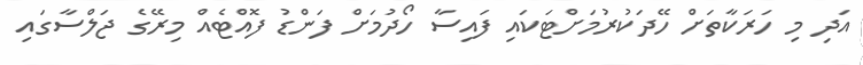
އަދި މި ހަރަކާތަށް ހޭދަކުރުމަށްޓަކައި ފައިސާ ހޯދުމަށް ފަންޑު ފޮއްޓެއް މިރޭގެ ޖަލްސާގައި